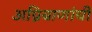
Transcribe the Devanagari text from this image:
अग्निबाणांची